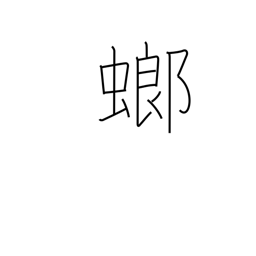
Meaning: mantis